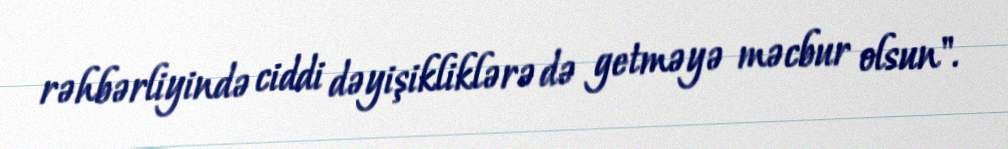
rəhbərliyində ciddi dəyişikliklərə də getməyə məcbur olsun".